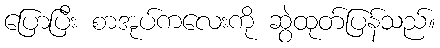
ပြောပြီး စာအုပ်ကလေးကို ဆွဲထုတ်ပြန်သည်။